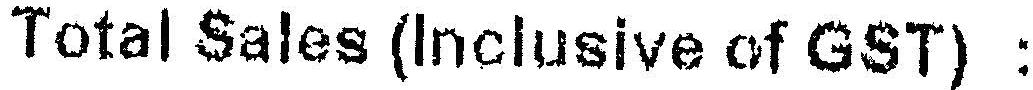
TOTAL SALES (INCLUSIVE OF GST) :